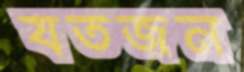
যতজন